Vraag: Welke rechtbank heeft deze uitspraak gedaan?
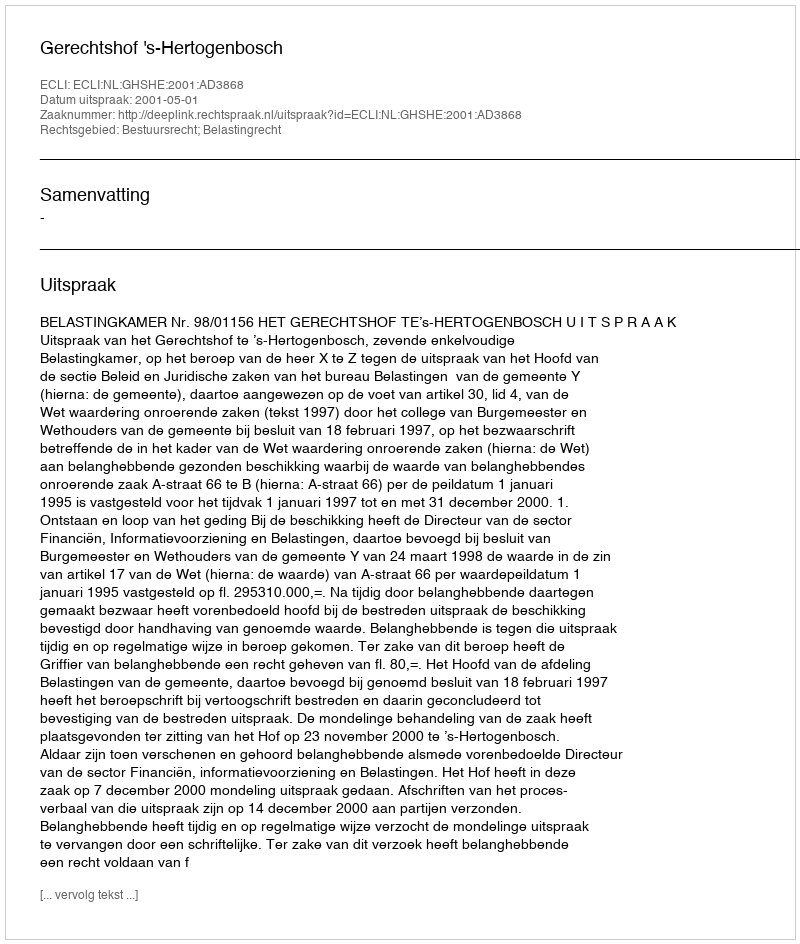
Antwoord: Gerechtshof 's-Hertogenbosch